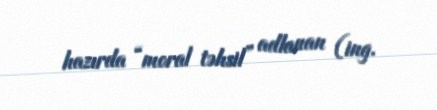
hazırda “moral təhsil” adlanan (ing.